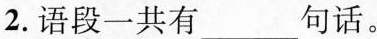
2.语段一共有___句话。